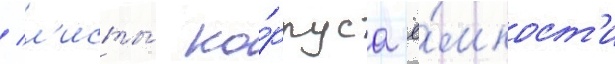
/ л'исты́ ко́рпуса ё́мкост'и